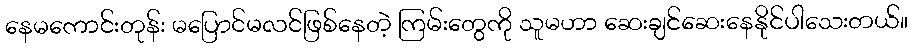
နေမကောင်းတုန်း မပြောင်မလင်ဖြစ်နေတဲ့ ကြမ်းတွေကို သူမဟာ ဆေးချင်ဆေးနေနိုင်ပါသေးတယ်။